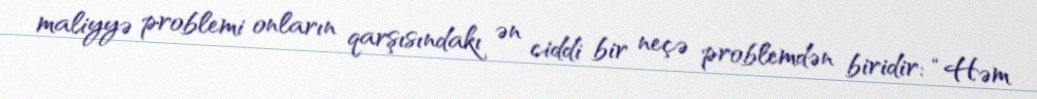
maliyyə problemi onların qarşısındakı ən ciddi bir neçə problemdən biridir: “Həm